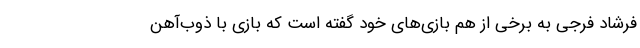
فرشاد فرجی به برخی از هم بازی‌های خود گفته است که بازی با ذوب‌آهن